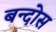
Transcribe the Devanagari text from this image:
बन्दोस